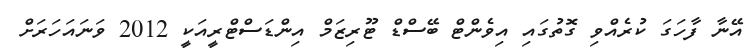
އޭނާ ފާހަގަ ކުރެއްވި ގޮތުގައި އިވެންޓް ބޭސްޑް ޓޫރިޒަމް އިންޑަސްޓްރީއަކީ 2012 ވަނައަހަރަށް